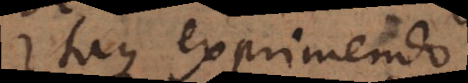
Itaque exprimendo